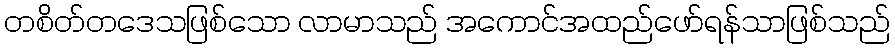
တစိတ်တဒေသဖြစ်သော လာမာသည် အကောင်အထည်ဖော်ရန်သာဖြစ်သည်